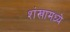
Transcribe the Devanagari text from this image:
शंखामध्ये